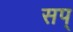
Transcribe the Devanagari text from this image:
सप्